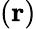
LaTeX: ({\mathbf r})